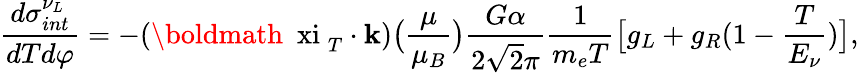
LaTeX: \frac{d\sigma_{int}^{\nu_{L}}}{dTd\varphi}=-(\mathrm{\boldmath~\ xi~}_{T}\cdot{\mathbf k})\big(\frac{\mu}{\mu_{B}}\big)\frac{G\alpha}{2\sqrt{2}\pi}\frac{1}{m_{e}T}\big[g_{L}+g_{R}(1-\frac{T}{E_{\nu}})\big],